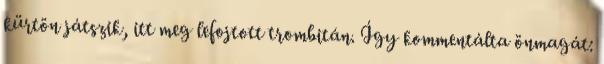
kürtön játszik, itt meg lefojtott trombitán. Így kommentálta önmagát: